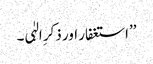
’’استغفار اور ذکرِ الہٰی۔